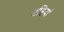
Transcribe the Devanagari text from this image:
टट्टियाँ